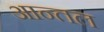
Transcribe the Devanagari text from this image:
आन्तल